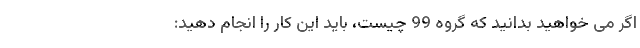
اگر می خواهید بدانید که گروه 99 چیست، باید این کار را انجام دهید: